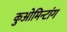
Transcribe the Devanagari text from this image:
कुओमिन्टांग